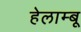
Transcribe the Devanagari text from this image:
हेलाम्बू